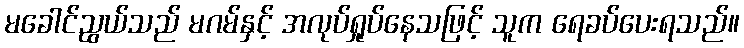
မခေါင်ညွယ်သည် မဂမ်နှင့် အလုပ်ရှုပ်နေသဖြင့် သူက ရေခပ်ပေးရသည်။